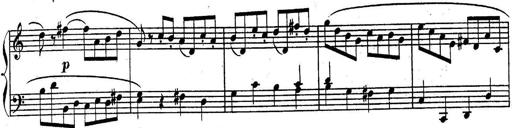
Title: Sonatina for Piano
Composer: BÃ©la BartÃ³k